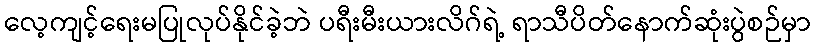
လေ့ကျင့်ရေးမပြုလုပ်နိုင်ခဲ့ဘဲ ပရီးမီးယားလိဂ်ရဲ့ ရာသီပိတ်နောက်ဆုံးပွဲစဉ်မှာ